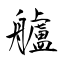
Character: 艫